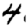
Digit: 4